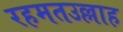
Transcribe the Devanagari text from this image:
रहमतउल्लाह